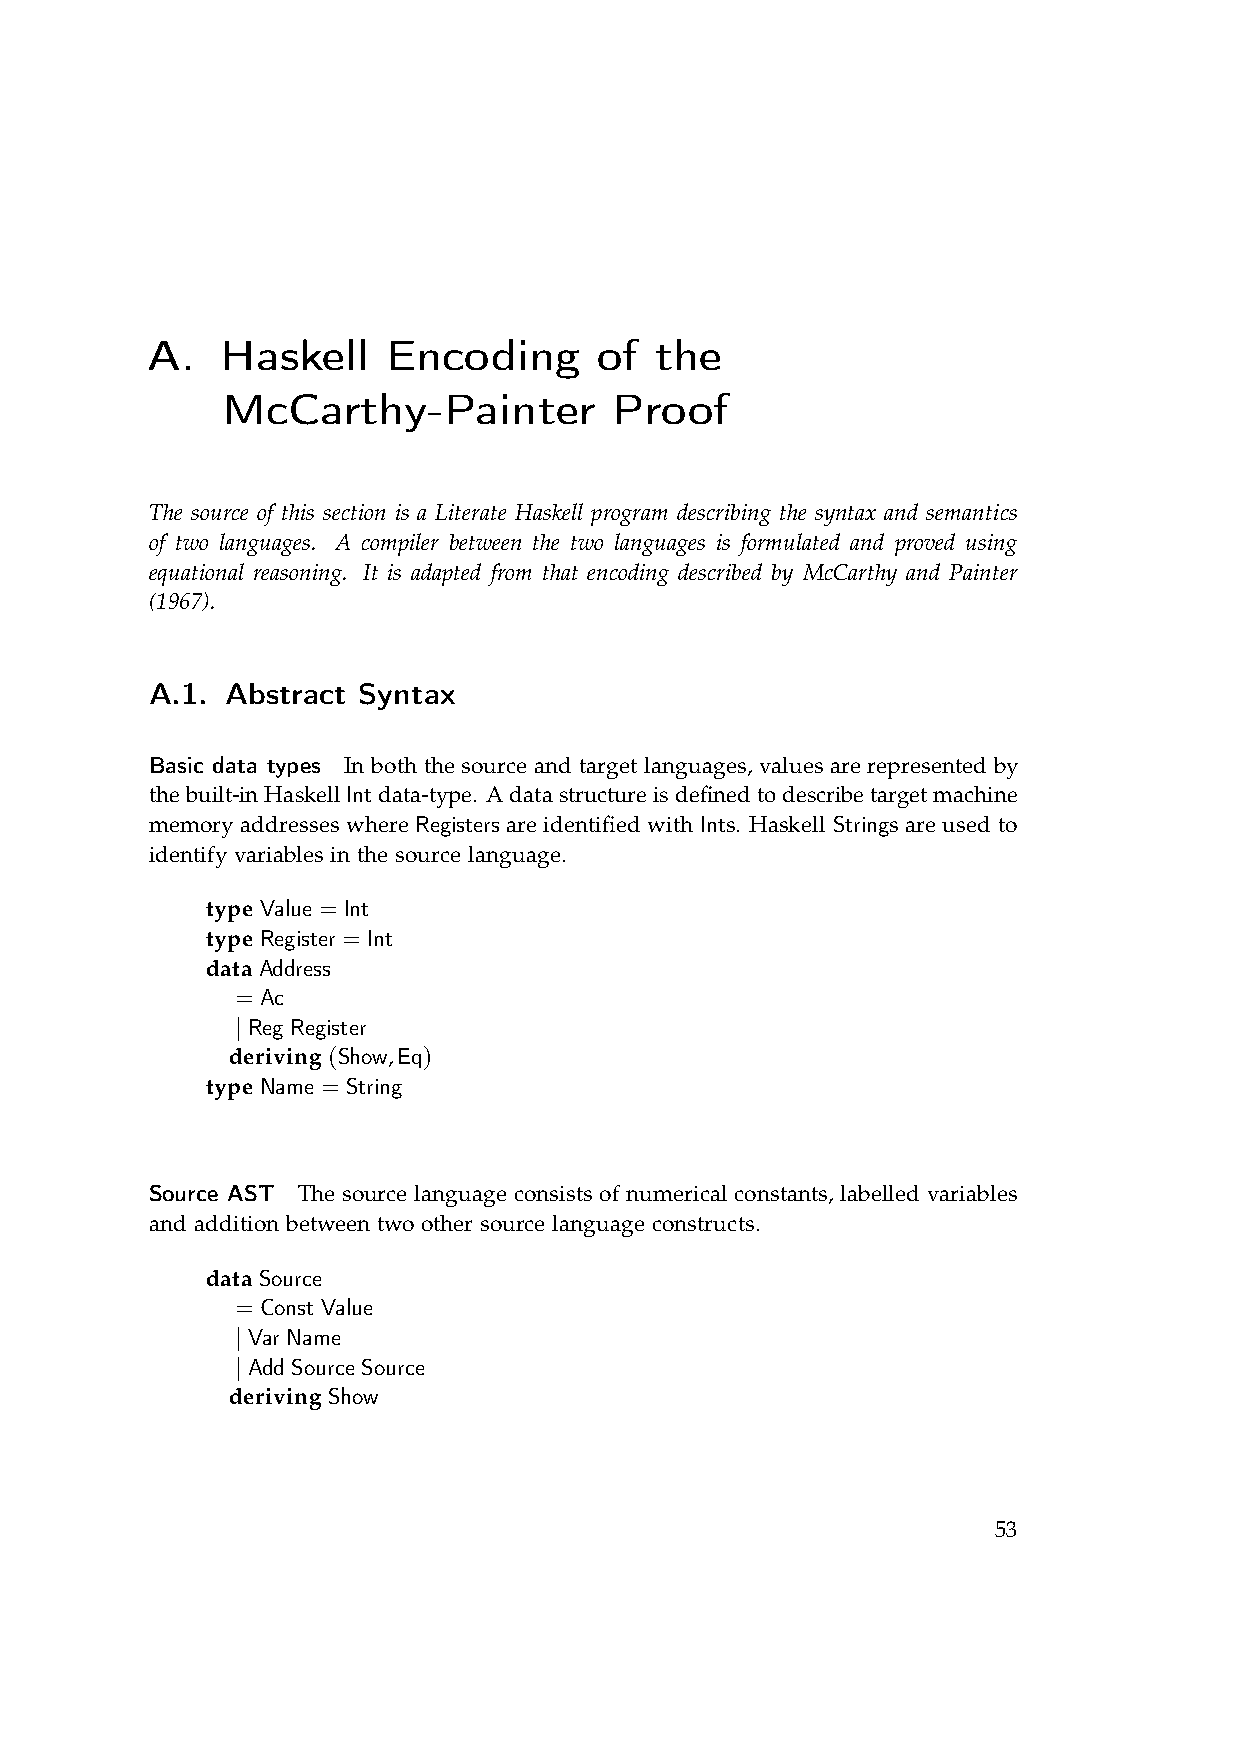
A.   Haskell    Encoding      of the
 McCarthy-Painter          Proof
 The source of this section is a Literate Haskell program describing the syntax and semantics
 of two languages. A compiler between the two languages is formulated and proved using
 equational reasoning. It is adapted from that encoding described by McCarthy and Painter
 (1967).
 A.1. Abstract Syntax
 Basic data types In both the source and target languages, values are represented by
 thebuilt-inHaskellIntdata-type. Adatastructureisdefinedtodescribetargetmachine
 memory addresses where Registers are identified with Ints. Haskell Strings are used to
 identify variables in the source language.
 type Value = Int
 type Register = Int
 data Address
 = Ac
 | Reg Register
 deriving (Show,Eq)
 type Name = String
 Source AST The source language consists of numerical constants, labelled variables
 and addition between two other source language constructs.
 data Source
 = Const Value
 | Var Name
 | Add Source Source
 deriving Show
 53